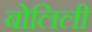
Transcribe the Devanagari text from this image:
बोलिली